Vaccination in Bombay 1902-1912 - 1902-1912
Year: 1902
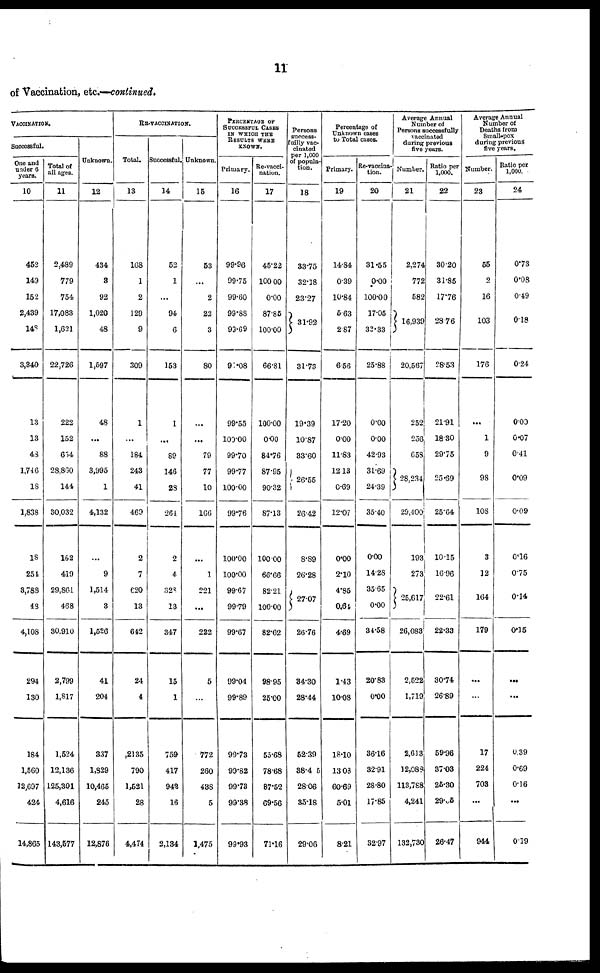
11
of Vaccination, etc.—continued.
VACCINATION.
Successful.
One and
under 6
years.
10
452
149
152
2,439
148
3,340
13
13
43
1,746
18
1,838
18
254
3,788
48
4,108
294
130
184
1,560
12,697
424
14,865
Total of
all ages.
11
2,489
779
754
17,083
1,621
22,726
222
152
654
28,860
144
30,032
162
419
29,861
468
30,910
2,799
1,817
1,524
12,136
125,301
4,616
143,577
Unknown.
12
434
3
92
1,020
48
1,597
48
...
88
3,995
1
4,132
...
9
1,514
3
1,526
41
204
337
1,829
10,465
245
12,876
RE-VACCINATION.
Total.
13
168
1
2
129
9
309
1
...
184
243
41
469
2
7
620
13
642
24
4
,2135
790
1,521
28
4,474
Successful.
14
52
1
...
94
6
153
1
...
89
146
28
261
2
4
328
13
347
15
1
759
417
942
16
2,134
Unknown.
15
53
...
2
22
3
80
...
...
79
77
10
166
...
1
221
...
222
5
...
772
260
438
5
1,475
PERCENTAGE OF
SUCCESSFUL CASES
IN WHICH THE
RESULTS WERE
KNOWN.
Primary.
16
99.96
99.75
99.60
99.88
99.69
91.08
99.55
100.00
99.70
99.77
100.00
99.76
100.00
100.00
99.67
99.79
99.67
99.04
99.89
99.73
99.62
99.73
99.38
99.93
Re-vacci-
nation.
17
45.22
100.00
0.00
87.85
100.00
66.81
100.00
0.00
84.76
87.95
90.32
87.13
100.00
66.66
82.21
100.00
82.62
98.95
25.00
55.68
78.68
87.52
69.56
71.16
Persons
success-
fully vac-
cinated
per 1,000
of popula-
tion.
18
33.75
32.18
23.27
31.92
31.73
19.39
10.87
33.60
26.55
26.42
8.89
26.28
27.07
26.76
34.30
28.44
52.39
38.45
28.06
35.18
29.06
Percentage of
Unknown cases
to Total cases.
Primary.
19
14.84
0.39
10.84
5.63
2.87
6.56
17.20
000
11.83
12.13
0.69
12.07
0.00
2.10
4.85
0.61
4.69
1.43
10.08
18.10
13.03
60.69
5.01
8.21
Re-vaccina¬
tion.
20
31.55
0.00
100.00
17.05
33.33
25.88
0.00
0.00
42.93
31.69
24.39
35.40
000
14.28
35.65
0.00
34.58
20.83
0.00
36.16
32.91
28.80
17.85
32.97
Average Annual
Number of
Persons successfully
vaccinated
during previous
five years.
Number.
21
2,274
772
582
16,939
20,567
252
256
653
28,234
29,400
193
273
25,617
26,083
2,522
1,719
2,613
12,088
113,788
4,241
132,730
Ratio per
1.000.
22
30.20
31.85
17.76
28.76
28.53
21.91
18.30
29.75
25.69
25.64
10.15
16.96
22.61
22.33
30.74
26.89
59.96
37.03
25.30
29.05
26.47
Average Annual
Number of
Deaths from
Small-pox
during previous
five years.
Number.
23
55
2
16
103
176
...
1
9
98
108
3
12
164
179
...
...
17
224
703
...
944
Ratio per
1,000.
24
0.73
0.08
0.49
0.18
0.24
0.00
0.07
0.41
0.09
0.09
0.16
0.75
0.14
0.15
...
...
0.39
0.69
0.16
...
0.19